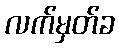
လက်မှတ်ခ